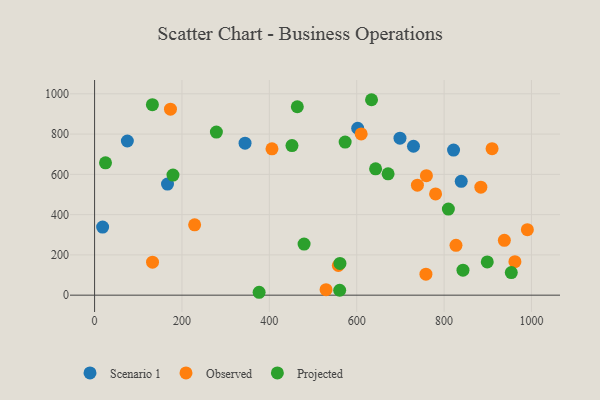
{"axis": {"x": "Distance", "y": "Exam Score"}, "legend": ["Observed", "Projected", "Scenario 1"], "data": [{"x": "699.0", "y": 779.5, "type": "Scenario 1"}, {"x": "602.2", "y": 829.0, "type": "Scenario 1"}, {"x": "18.4", "y": 338.4, "type": "Scenario 1"}, {"x": "75.0", "y": 765.7, "type": "Scenario 1"}, {"x": "166.9", "y": 551.9, "type": "Scenario 1"}, {"x": "821.6", "y": 720.7, "type": "Scenario 1"}, {"x": "729.9", "y": 739.5, "type": "Scenario 1"}, {"x": "344.4", "y": 754.9, "type": "Scenario 1"}, {"x": "839.2", "y": 565.4, "type": "Scenario 1"}, {"x": "962.1", "y": 166.4, "type": "Observed"}, {"x": "610.2", "y": 800.6, "type": "Observed"}, {"x": "173.7", "y": 923.9, "type": "Observed"}, {"x": "132.6", "y": 163.9, "type": "Observed"}, {"x": "557.9", "y": 147.3, "type": "Observed"}, {"x": "758.4", "y": 104.5, "type": "Observed"}, {"x": "884.1", "y": 536.4, "type": "Observed"}, {"x": "827.2", "y": 247.8, "type": "Observed"}, {"x": "406.0", "y": 726.8, "type": "Observed"}, {"x": "780.5", "y": 502.7, "type": "Observed"}, {"x": "990.6", "y": 325.3, "type": "Observed"}, {"x": "529.8", "y": 27.5, "type": "Observed"}, {"x": "937.9", "y": 272.3, "type": "Observed"}, {"x": "229.0", "y": 349.2, "type": "Observed"}, {"x": "759.5", "y": 593.6, "type": "Observed"}, {"x": "909.8", "y": 727.3, "type": "Observed"}, {"x": "738.9", "y": 546.3, "type": "Observed"}, {"x": "633.9", "y": 970.6, "type": "Projected"}, {"x": "464.0", "y": 935.8, "type": "Projected"}, {"x": "898.8", "y": 165.1, "type": "Projected"}, {"x": "25.0", "y": 657.4, "type": "Projected"}, {"x": "643.2", "y": 627.6, "type": "Projected"}, {"x": "132.3", "y": 946.2, "type": "Projected"}, {"x": "376.6", "y": 14.4, "type": "Projected"}, {"x": "278.8", "y": 809.8, "type": "Projected"}, {"x": "809.8", "y": 427.5, "type": "Projected"}, {"x": "451.8", "y": 742.7, "type": "Projected"}, {"x": "843.2", "y": 123.9, "type": "Projected"}, {"x": "671.8", "y": 602.6, "type": "Projected"}, {"x": "479.5", "y": 253.9, "type": "Projected"}, {"x": "573.5", "y": 760.2, "type": "Projected"}, {"x": "561.6", "y": 157.7, "type": "Projected"}, {"x": "953.8", "y": 112.4, "type": "Projected"}, {"x": "561.0", "y": 24.5, "type": "Projected"}, {"x": "179.4", "y": 596.5, "type": "Projected"}]}